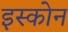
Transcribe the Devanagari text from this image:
इस्कोन